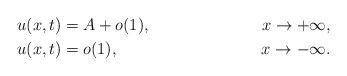
LaTeX: \begin{align*} &u(x,t)=A+o(1), &x\rightarrow+\infty,\\ &u(x,t)=o(1), &x\rightarrow-\infty. \end{align*}